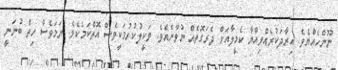
ނޫންހެއްޔެވެ. އިރާދަކުރެއްވިއްޔާ ކެމީލާއަށް ދެރަގޮތެއް ނުވާނެއެވެ. ވަކީލުކުރުމަކީވެސް އޮތްކަމެކެވެ. ނަމަވެސް ހިތް ބުނަނީ